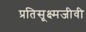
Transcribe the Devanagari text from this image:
प्रतिसूक्ष्मजीवी